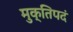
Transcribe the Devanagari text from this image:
मुक्तिपदं